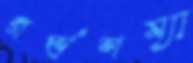
গর্ভশয্যা